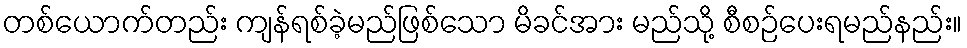
တစ်ယောက်တည်း ကျန်ရစ်ခဲ့မည်ဖြစ်သော မိခင်အား မည်သို့ စီစဉ်ပေးရမည်နည်း။